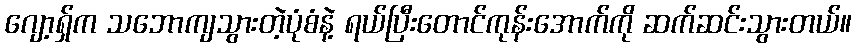
ဂျော့ရှ်က သဘောကျသွားတဲ့ပုံစံနဲ့ ရယ်ပြီးတောင်ကုန်းအောက်ကို ဆက်ဆင်းသွားတယ်။